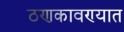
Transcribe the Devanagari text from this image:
ठणकावण्यात